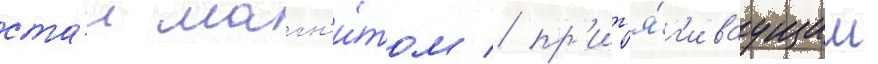
ста́л магн'и́том / пр'ит'я́г'иваущим